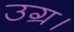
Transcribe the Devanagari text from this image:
उग्र।